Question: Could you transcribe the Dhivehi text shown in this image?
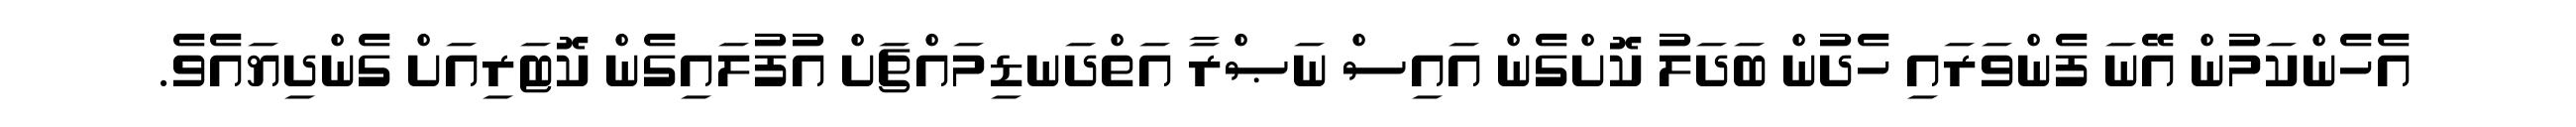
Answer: އެހެންކަމުން އޭނަ ފެންވަރައި ހެދުން ބަދަލު ކޮށްގެން އައިސް ނަޞްރާ އަތްދަނޑިމައްޗަށް އުފުލައިގެން ކޮޓަރިއަށް ގެންދިޔައެވެ.